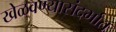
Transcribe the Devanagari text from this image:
खेळवण्यासंदर्भात